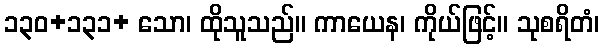
၁၃၀+၁၃၁+ သော၊ ထိုသူသည်။ ကာယေန၊ ကိုယ်ဖြင့်။ သုစရိတံ၊